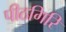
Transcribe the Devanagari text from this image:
पीठगिरि